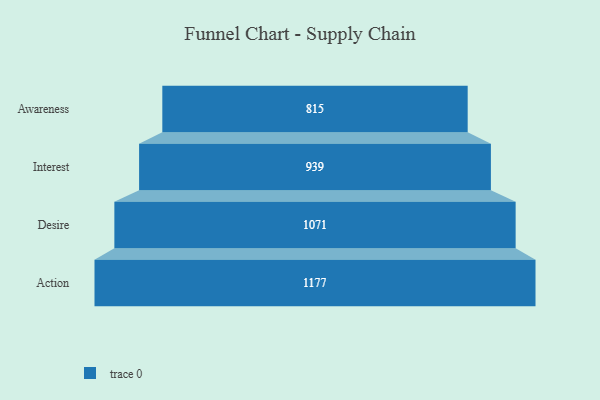
{"axis": {"x": "Stage", "y": "Value"}, "legend": [""], "data": [{"x": "Awareness", "y": 815.0, "type": ""}, {"x": "Interest", "y": 939.0, "type": ""}, {"x": "Desire", "y": 1071.0, "type": ""}, {"x": "Action", "y": 1177.0, "type": ""}]}